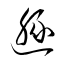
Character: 遯